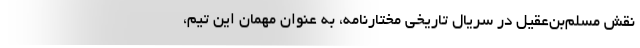
نقش مسلم‌بن‌عقیل در سریال تاریخی مختارنامه، به عنوان مهمان این تیم،